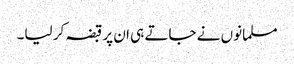
مسلمانوں نے جاتے ہی ان پر قبضہ کر لیا۔